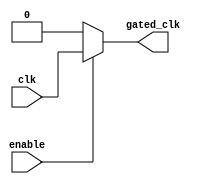
module clock_gating(
    input wire clk,               // Primary clock signal
    input wire enable,            // Enable signal from gating control logic
    output wire gated_clk         // Gated clock output
);
    // Clock gating logic
    assign gated_clk = enable ? clk : 1'b0; // Gated clock follows clk when enabled, otherwise low
endmodule